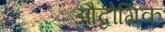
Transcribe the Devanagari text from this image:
औद्वोगिक